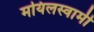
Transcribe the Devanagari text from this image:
मयिलस्वामी